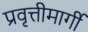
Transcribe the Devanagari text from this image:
प्रवृत्तीमार्गी